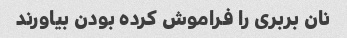
نان بربری را فراموش کرده بودن بیاورند